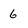
Character: 6